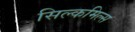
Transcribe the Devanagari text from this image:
सिल्कमिल्स